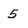
Character: 5